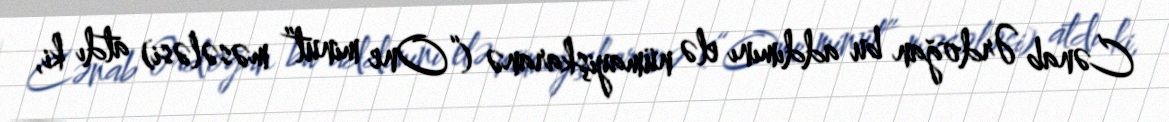
Cənab Ərdoğan bu addımını elə nümayişkaranə (“One minut” məsələsi) atdı ki,